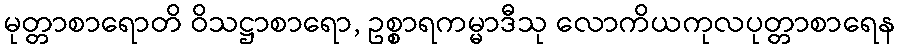
မုတ္တာစာရောတိ ဝိသဋ္ဌာစာရော, ဥစ္စာရကမ္မာဒီသု လောကိယကုလပုတ္တာစာရေန